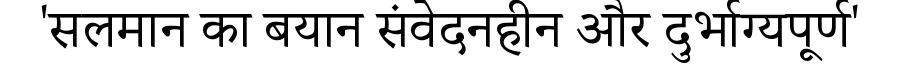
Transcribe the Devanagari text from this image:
'सलमान का बयान संवेदनहीन और दुर्भाग्यपूर्ण'